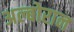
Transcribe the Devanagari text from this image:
अल्बोरान